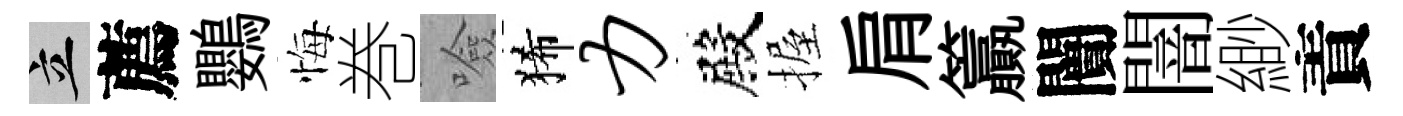
立薦鸚悔巻噞狶力殿握肩籯闠闇緲責